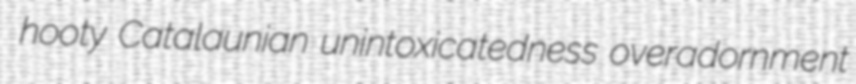
hooty Catalaunian unintoxicatedness overadornment